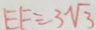
E F = 3 \sqrt { 3 }